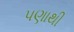
પણાથી